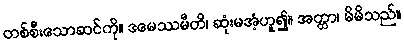
တစ်စီးသောဆင်ကို။ ဒမေဿမီတိ၊ ဆုံးမအံ့ဟူ၍။ အတ္တာ၊ မိမိသည်။